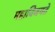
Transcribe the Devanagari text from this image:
महाविजयते